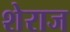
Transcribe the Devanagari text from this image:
शेराज